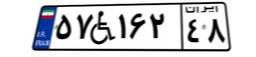
۵۷W۱۶۲۴۸